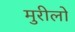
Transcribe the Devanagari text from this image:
मुरीलो